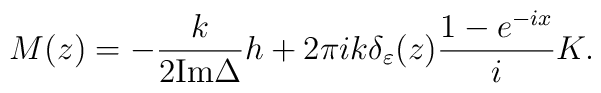
M(z)=-\frac {k}{2{\mbox {Im}} \Delta}h+2\pi ik \delta_\varepsilon (z)\frac{1-e^{-ix}}{i} K.